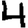
Digit: 4